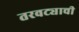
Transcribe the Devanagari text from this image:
तरवट्याची